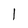
Character: 1